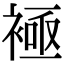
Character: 𧛘